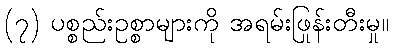
(၇) ပစ္စည်းဥစ္စာများကို အရမ်းဖြုန်းတီးမှု။